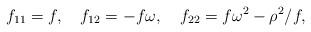
LaTeX: \begin{align*}f_{11}=f,\quad f_{12}=-f\omega,\quad f_{22}=f\omega^2-\rho^2/f,\end{align*}